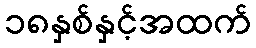
၁၈နှစ်နှင့်အထက်